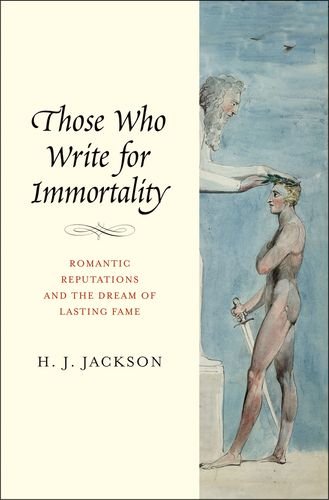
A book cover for Those Who Write for Immortality: Romantic Reputations and the Dream of Lasting Fame; H. J. Jackson; Romance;